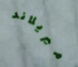
ميريلاند